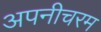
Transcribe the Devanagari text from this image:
अपनीचरम